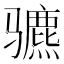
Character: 𬴍